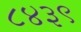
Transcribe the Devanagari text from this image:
८४३९